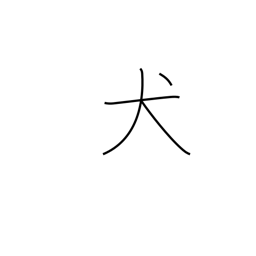
Meaning: dog